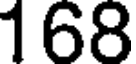
168